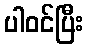
ပါဝင်ပြီး